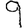
Digit: 9